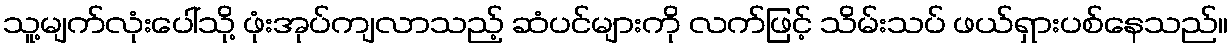
သူ့မျက်လုံးပေါ်သို့ ဖုံးအုပ်ကျလာသည့် ဆံပင်များကို လက်ဖြင့် သိမ်းသပ် ဖယ်ရှားပစ်နေသည်။